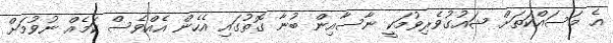
އެ މަސައްކަތަށް ޝައުގުވެރިވުމަކީ ނާސާއިން ބުނާ ގޮތުގައި އެހެން އެއްވެސް ކަމެއް ނުވުމަށް